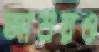
আশ্রয়ও